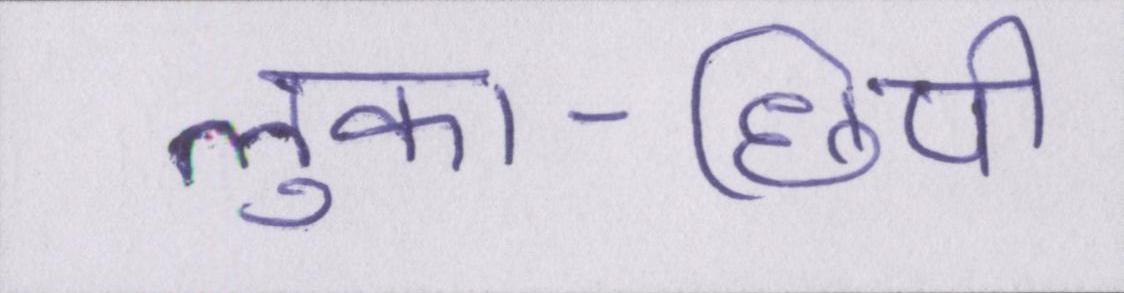
लुका-छिपी